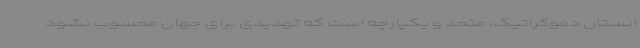
انستان دموکراتیک، متحد و یکپارچه است که تهدیدی برای جهان محسوب نشود